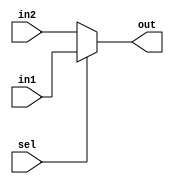
module Mux(
    input   [31:0]  in1,
    input   [31:0]  in2,
    input           sel,
    
    output  [31:0]  out
);

assign  out = sel?in1:in2;

endmodule